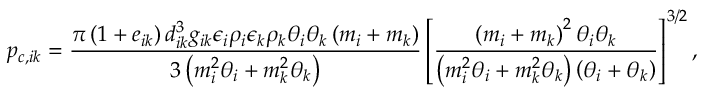
p _ { c , i k } = \frac { \pi \left( 1 + e _ { i k } \right) d _ { i k } ^ { 3 } g _ { i k } \epsilon _ { i } \rho _ { i } \epsilon _ { k } \rho _ { k } \theta _ { i } \theta _ { k } \left( m _ { i } + m _ { k } \right) } { 3 \left( m _ { i } ^ { 2 } \theta _ { i } + m _ { k } ^ { 2 } \theta _ { k } \right) } \left[ \frac { \left( m _ { i } + m _ { k } \right) ^ { 2 } \theta _ { i } \theta _ { k } } { \left( m _ { i } ^ { 2 } \theta _ { i } + m _ { k } ^ { 2 } \theta _ { k } \right) \left( \theta _ { i } + \theta _ { k } \right) } \right] ^ { 3 / 2 } ,